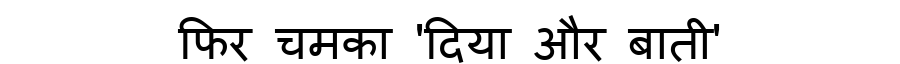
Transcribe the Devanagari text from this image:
फिर चमका 'दिया और बाती'